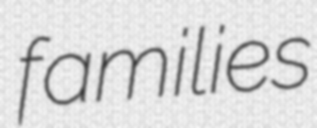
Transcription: families